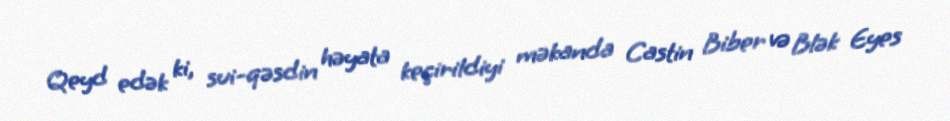
Qeyd edək ki, sui-qəsdin həyata keçirildiyi məkanda Castin Biber və Blək Eyes